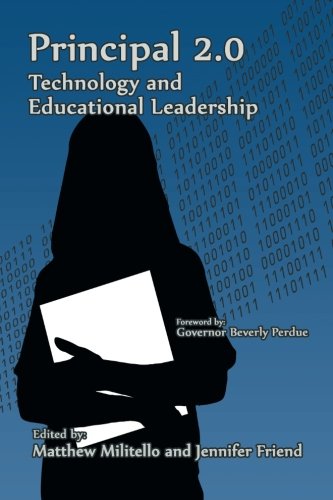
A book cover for Principal 2.0: Technology and Educational Leadership; Education & Teaching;